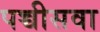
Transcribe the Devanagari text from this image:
पच्चीसवा